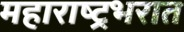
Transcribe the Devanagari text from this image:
महाराष्ट्रभरात